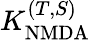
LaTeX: K_{\mathrm{NMDA}}^{(T,S)}